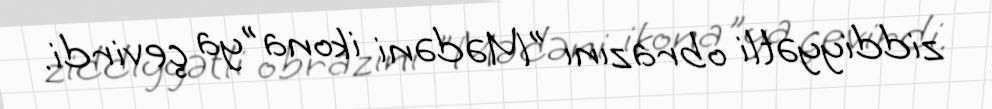
ziddiyyətli obrazını "Mədəni ikona"ya çevirdi.